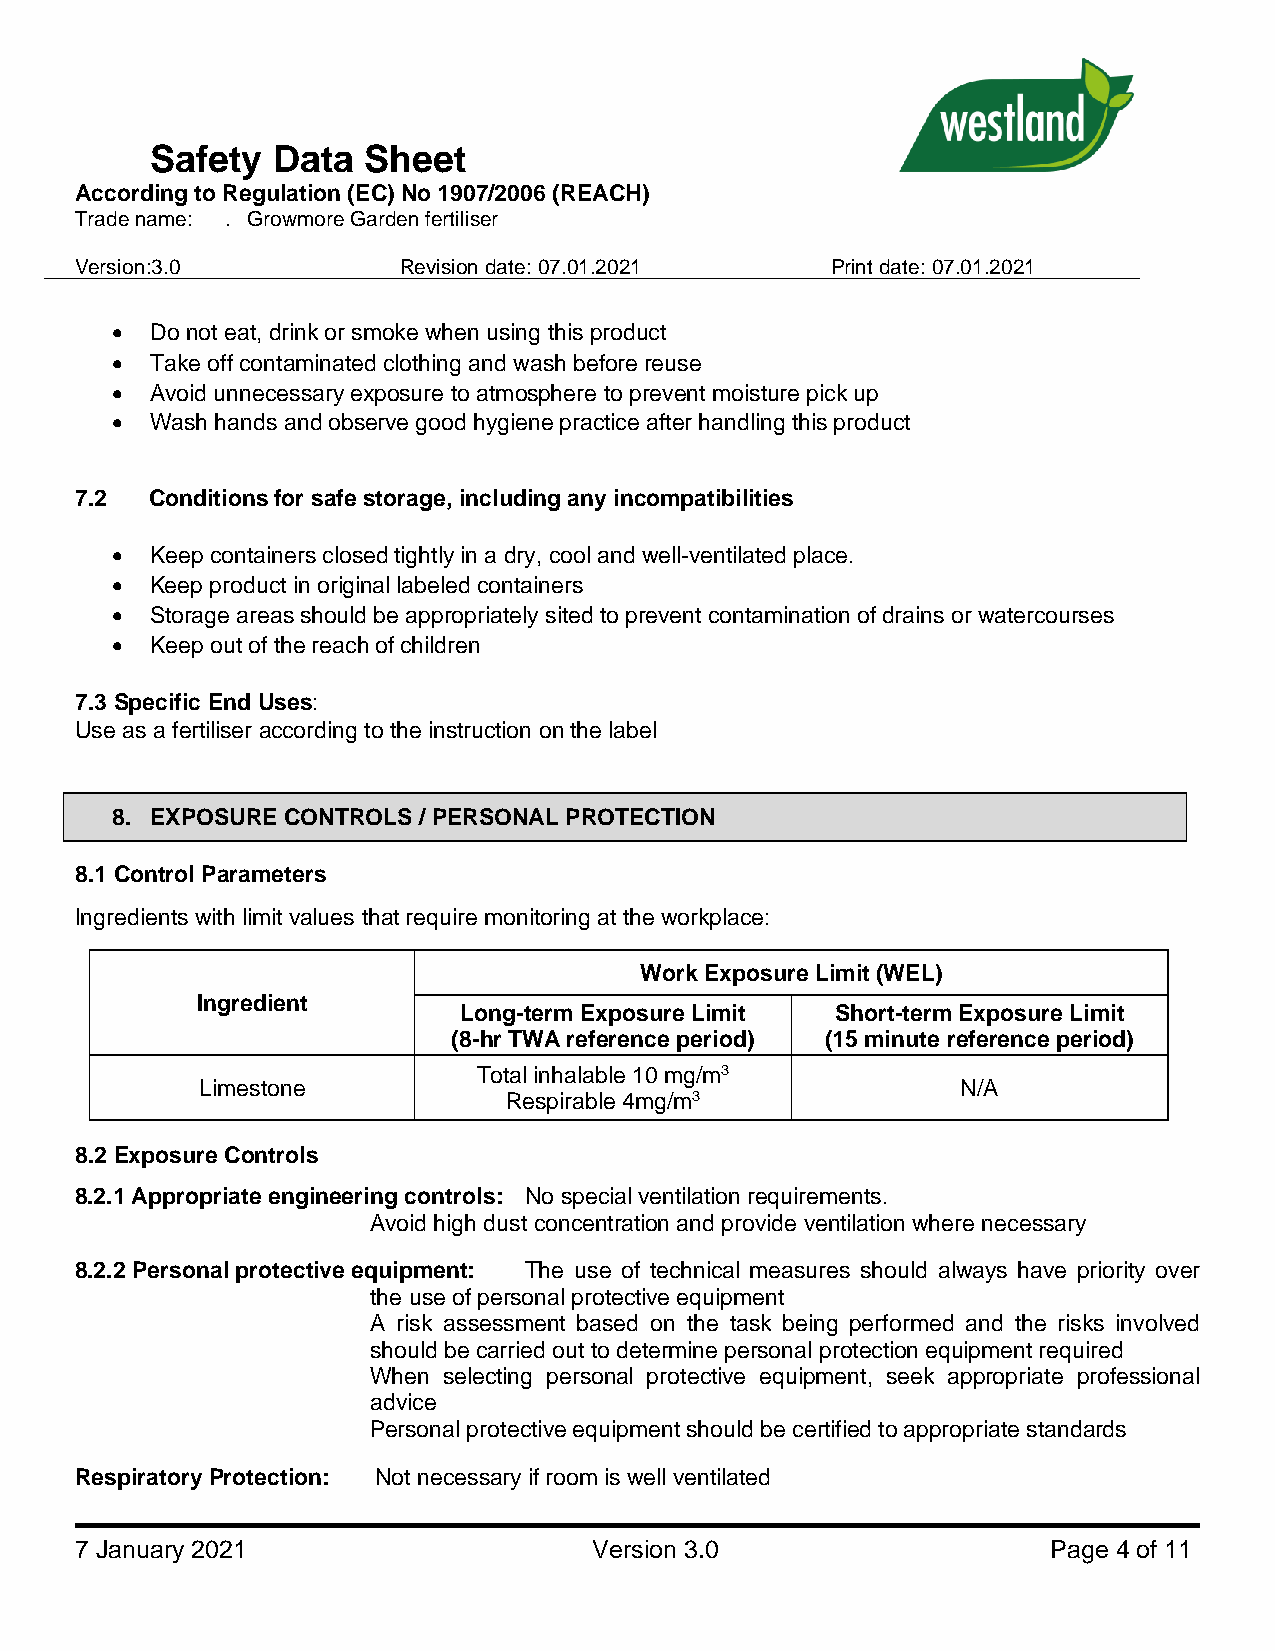
Safety  Data  Sheet
 According to Regulation (EC) No 1907/2006 (REACH)
 Trade name: . Growmore Garden fertiliser
 Version:3.0          Revision date: 07.01.2021    Print date: 07.01.2021
 •  Do not eat, drink or smoke when using this product
 •  Take off contaminated clothing and wash before reuse
 •  Avoid unnecessary exposure to atmosphere to prevent moisture pick up
 •  Wash hands and observe good hygiene practice after handling this product
 7.2  Conditions for safe storage, including any incompatibilities
 •  Keep containers closed tightly in a dry, cool and well-ventilated place.
 •  Keep product in original labeled containers
 •  Storage areas should be appropriately sited to prevent contamination of drains or watercourses
 •  Keep out of the reach of children
 7.3 Specific End Uses:
 Use as a fertiliser according to the instruction on the label
 8. EXPOSURE CONTROLS / PERSONAL PROTECTION
 8.1 Control Parameters
 Ingredients with limit values that require monitoring at the workplace:
 Work Exposure Limit (WEL)
 Ingredient
 Long-term Exposure Limit Short-term Exposure Limit
 (8-hr TWA reference period) (15 minute reference period)
 Total inhalable 10 mg/m3
 Limestone                                          N/A
 Respirable 4mg/m3
 8.2 Exposure Controls
 8.2.1 Appropriate engineering controls: No special ventilation requirements.
 Avoid high dust concentration and provide ventilation where necessary
 8.2.2 Personal protective equipment: The use of technical measures should always have priority over
 the use of personal protective equipment
 A risk assessment based on the task being performed and the risks involved
 should be carried out to determine personal protection equipment required
 When selecting personal protective equipment, seek appropriate professional
 advice
 Personal protective equipment should be certified to appropriate standards
 Respiratory Protection: Not necessary if room is well ventilated
 7 January 2021                    Version 3.0                    Page 4 of 11